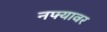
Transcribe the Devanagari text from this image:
नफ्यावर